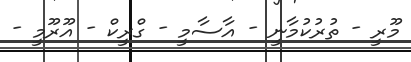
މޫރީ - ތުރުކުމާނީ - އާސާމީ - ގްރީކް - އޫރޫމީ -